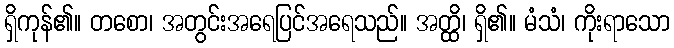
ရှိကုန်၏။ တစော၊ အတွင်းအရေပြင်အရေသည်။ အတ္ထိ၊ ရှိ၏။ မံသံ၊ ကိုးရာသော